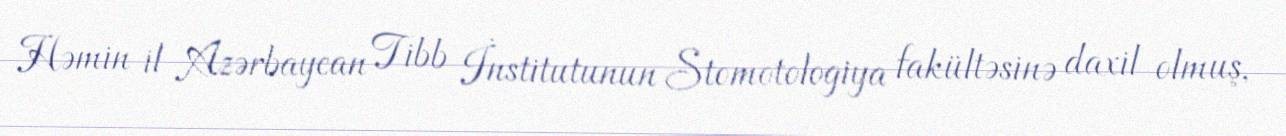
Həmin il Azərbaycan Tibb İnstitutunun Stomotologiya fakültəsinə daxil olmuş,